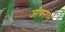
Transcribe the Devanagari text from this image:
जीवनांवर